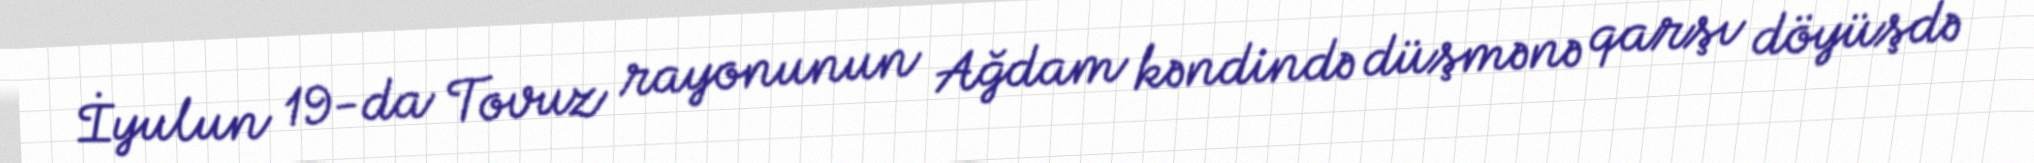
İyulun 19-da Tovuz rayonunun Ağdam kəndində düşmənə qarşı döyüşdə